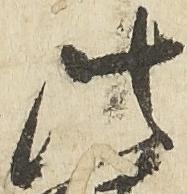
法